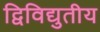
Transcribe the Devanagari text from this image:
द्विविद्युतीय